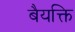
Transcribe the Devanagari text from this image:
बैयक्ति